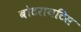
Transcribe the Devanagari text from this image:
बोटरायटिस